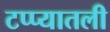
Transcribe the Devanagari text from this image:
टप्प्यातली